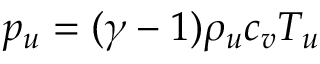
p _ { u } = ( \gamma - 1 ) \rho _ { u } c _ { v } T _ { u }